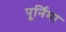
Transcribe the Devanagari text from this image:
पूर्निमा